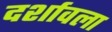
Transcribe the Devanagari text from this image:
दर्शावला